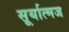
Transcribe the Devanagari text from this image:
सूर्यात्मज